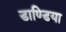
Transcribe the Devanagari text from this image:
डाण्डिया